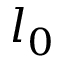
l _ { 0 }